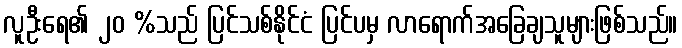
လူဦးရေ၏ ၂၀ %သည် ပြင်သစ်နိုင်ငံ ပြင်ပမှ လာရောက်အခြေချသူများဖြစ်သည်။